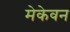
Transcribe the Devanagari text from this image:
मेकेवन